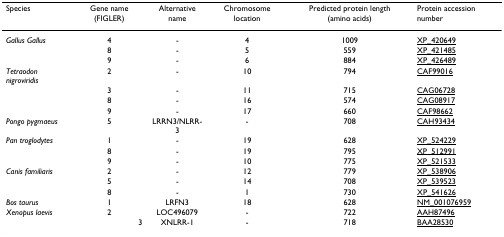
| Species | Gene name (FIGLER) | Alternative name | Chromosome location | Predicted protein length (amino acids) | Protein accession number |
 | --- | --- | --- | --- | --- | --- |
 | Gallus Gallus | 4 | - | 4 | 1009 | XP_420649 |
 |  | 8 | - | 5 | 559 | XP_421485 |
 |  | 9 | - | 6 | 884 | XP_426489 |
 | Tetraodon nigroviridis | 2 | - | 10 | 794 | CAF99016 |
 |  | 3 | - | 11 | 715 | CAG06728 |
 |  | 8 | - | 16 | 574 | CAG08917 |
 |  | 9 | - | 17 | 660 | CAF98662 |
 | Pongo pygmaeus | 5 | LRRN3/NLRR-3 | - | 708 | CAH93434 |
 | Pan troglodytes | 1 | - | 19 | 628 | XP_524229 |
 |  | 8 | - | 19 | 795 | XP_512991 |
 |  | 9 | - | 10 | 775 | XP_521533 |
 | Canis familiaris | 2 | - | 12 | 779 | XP_538906 |
 |  | 5 | - | 14 | 708 | XP_539523 |
 |  | 8 | - | 1 | 730 | XP_541626 |
 | Bos taurus | 1 | LRFN3 | 18 | 628 | NM_001076959 |
 | Xenopus laevis | 2 | LOC496079 | - | 722 | AAH87496 |
 |  | 3 | XNLRR-1 | - | 718 | BAA28530 |